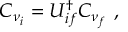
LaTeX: C _ { \nu _ { i } } = U _ { i f } ^ { \dagger } C _ { \nu _ { f } } \ ,